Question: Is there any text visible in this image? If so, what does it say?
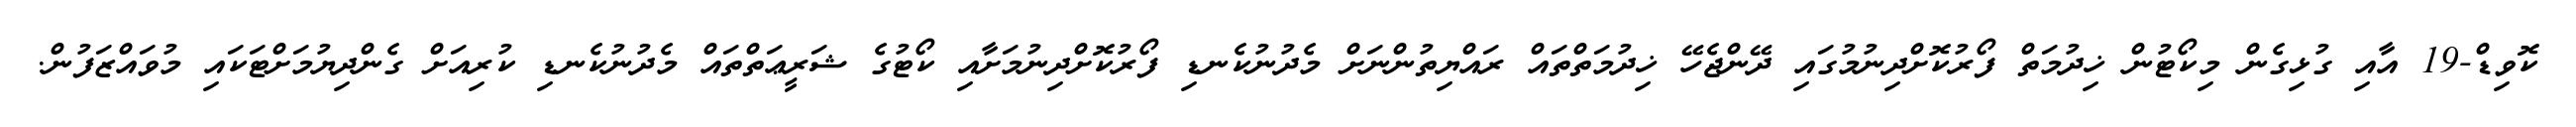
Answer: ކޮވިޑް-19 އާއި ގުޅިގެން މިކޯޓުން ޚިދުމަތް ފޯރުކޮށްދިނުމުގައި ދޭންޖެހޭ ޚިދުމަތްތައް ރައްޔިތުންނަށް މެދުނުކެނޑި ފޯރުކޮށްދިނުމަށާއި ކޯޓުގެ ޝަރީޢަތްތައް މެދުނުކެނޑި ކުރިއަށް ގެންދިޔުމަށްޓަކައި މުވައްޒަފުން.